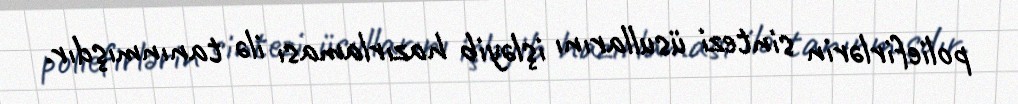
poliefirlərin sintezi üsullarını işləyib hazırlaması ilə tanınmışdır.